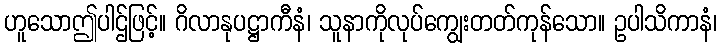
ဟူသောဤပါဌ်ဖြင့်။ ဂိလာနုပဋ္ဌာကီနံ၊ သူနာကိုလုပ်ကျွေးတတ်ကုန်သော။ ဥပါသိကာနံ၊